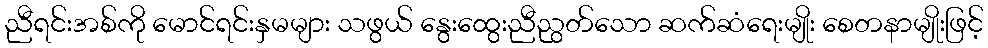
ညီရင်းအစ်ကို မောင်ရင်းနှမများ သဖွယ် နွေးထွေးညီညွတ်သော ဆက်ဆံရေးမျိုး စေတနာမျိုးဖြင့်